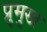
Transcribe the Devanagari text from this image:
प्रुमुख